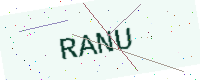
Text: RANU